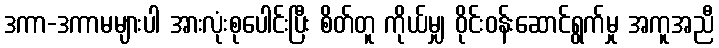
ဒကာ-ဒကာမများပါ အားလုံးစုပေါင်းပြီး စိတ်တူ ကိုယ်မျှ ဝိုင်းဝန်းဆောင်ရွက်မှု အကူအညီ